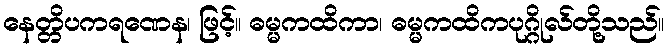
နေတ္တိပကရဏေန၊ ဖြင့်။ ဓမ္မကထိကာ၊ ဓမ္မကထိကပုဂ္ဂိုလ်တို့သည်။